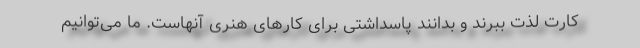
کارت لذت ببرند و بدانند پاسداشتی برای کارهای هنری آنهاست. ما می‌توانیم